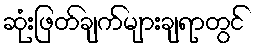
ဆုံးဖြတ်ချက်များချရာတွင်